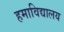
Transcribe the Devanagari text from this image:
हमाविद्यालय